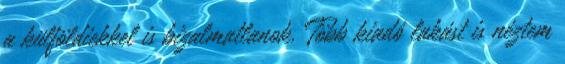
a külföldiekkel is bizalmatlanok. Több kiadó lakást is néztem